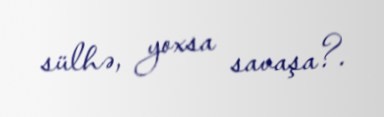
sülhə, yoxsa savaşa?.